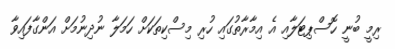
ރިމީ ބުނީ ހޮސްޕިޓަލާއި އެ އިމާރާތުގައި ހުރި މިސްކިތަކަށް ހަމަލާ ނުދިނުމަށް އަންގާފައިވާ